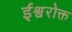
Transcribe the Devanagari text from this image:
ईश्वरोक्त